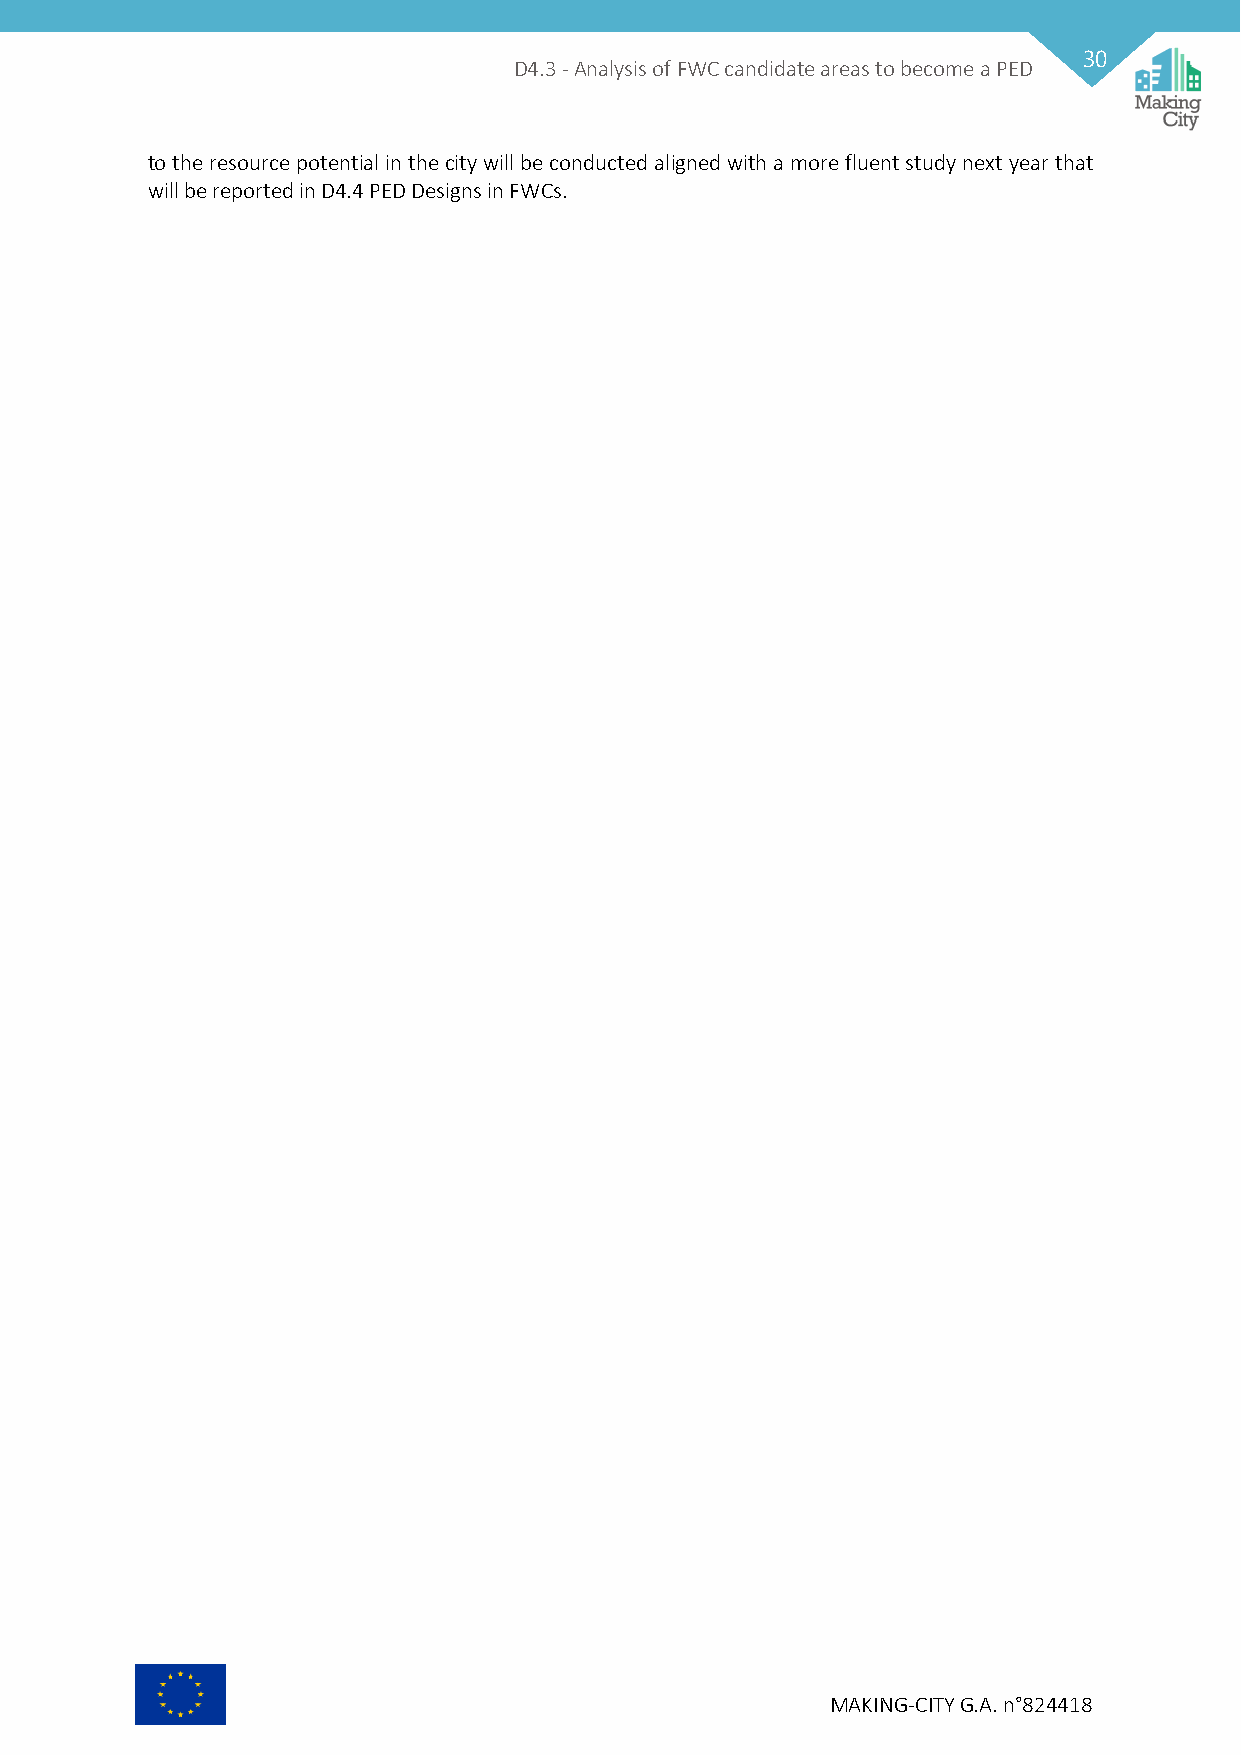
30
 D4.3 - Analysis of FWC candidate areas to become a PED
 to the resource potential in the city will be conducted aligned with a more fluent study next year that
 will be reported in D4.4 PED Designs in FWCs.
 MAKING-CITY G.A. n°824418